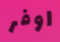
اوفر